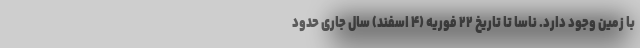
با زمین وجود دارد. ناسا تا تاریخ ۲۲ فوریه (۴ اسفند) سال جاری حدود